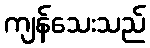
ကျန်သေးသည်